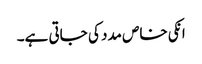
انکی خاص مدد کی جاتی ہے۔